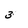
Character: 3